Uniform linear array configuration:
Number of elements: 16
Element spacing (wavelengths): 1
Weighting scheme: exponential
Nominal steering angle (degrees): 30
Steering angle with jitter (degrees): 30.059
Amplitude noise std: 0.05
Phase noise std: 0.05

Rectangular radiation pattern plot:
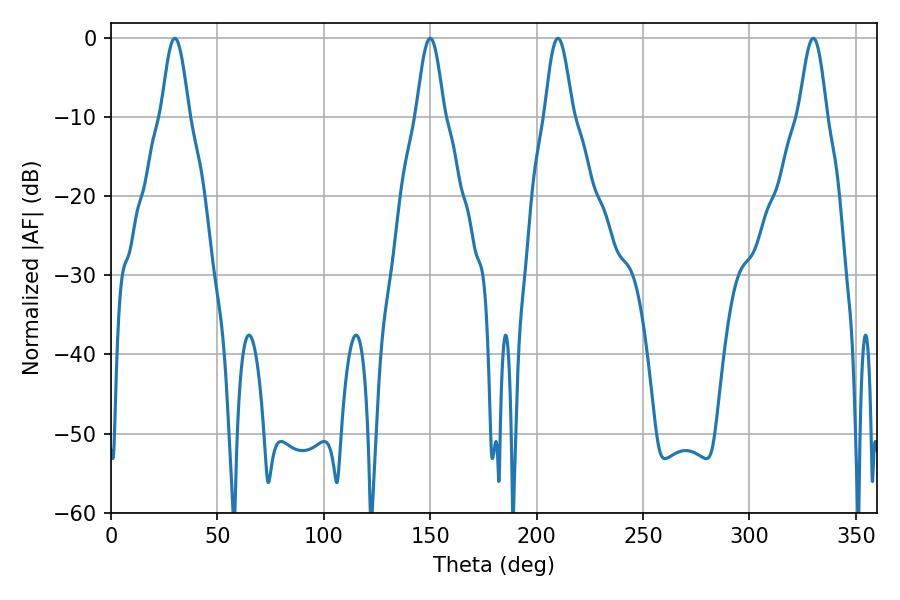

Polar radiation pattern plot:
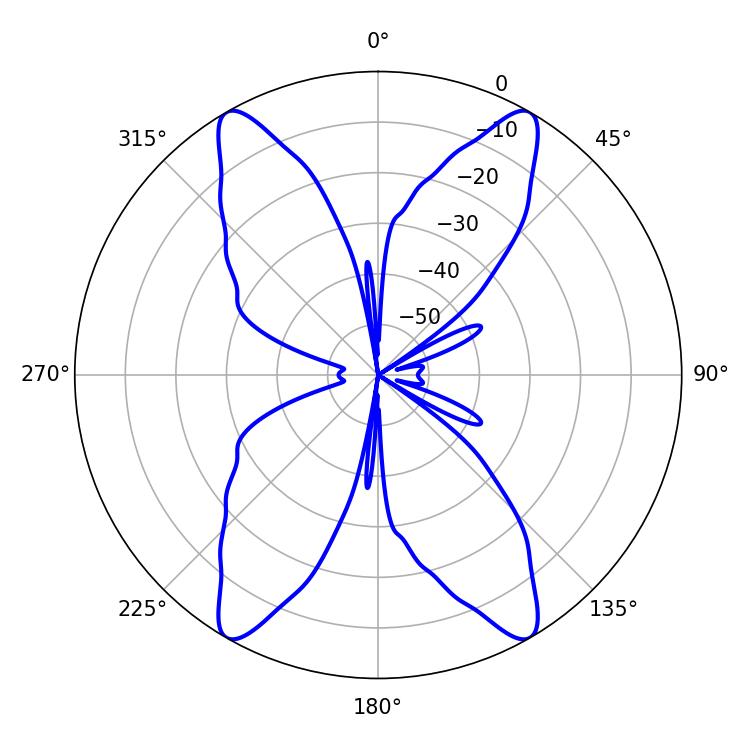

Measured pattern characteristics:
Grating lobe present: TRUE
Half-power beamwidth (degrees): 7.02
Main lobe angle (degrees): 210.06